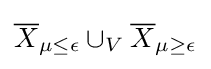
{\overline {X}}_{\mu \leq \epsilon }\cup _{V}{\overline {X}}_{\mu \geq \epsilon }